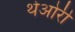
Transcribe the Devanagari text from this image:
थेओरी